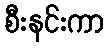
စီးနင်းကာ